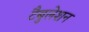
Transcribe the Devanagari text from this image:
टैबुलेशन